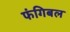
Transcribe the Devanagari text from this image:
फंगिबल